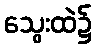
သွေးထဲ၌